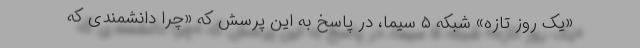
«یک روز تازه» شبکه ۵ سیما، در پاسخ به این پرسش که «چرا دانشمندی که